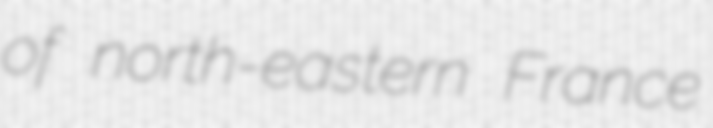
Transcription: of north-eastern France